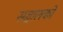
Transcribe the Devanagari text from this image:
सञ्चालकों